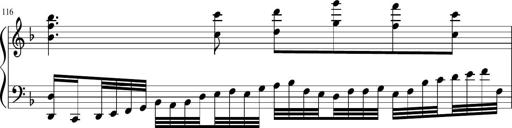
Title: Sonatina in F major
Composer: Ethan Ngo
Key: F major